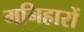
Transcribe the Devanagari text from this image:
मनिहारों